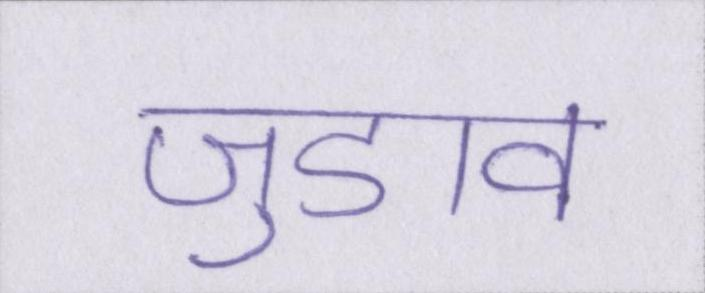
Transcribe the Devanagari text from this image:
जुडाव